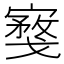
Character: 𪧮